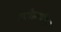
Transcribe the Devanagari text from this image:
स्पीडक्वीन